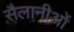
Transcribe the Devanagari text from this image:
सैलानीओं